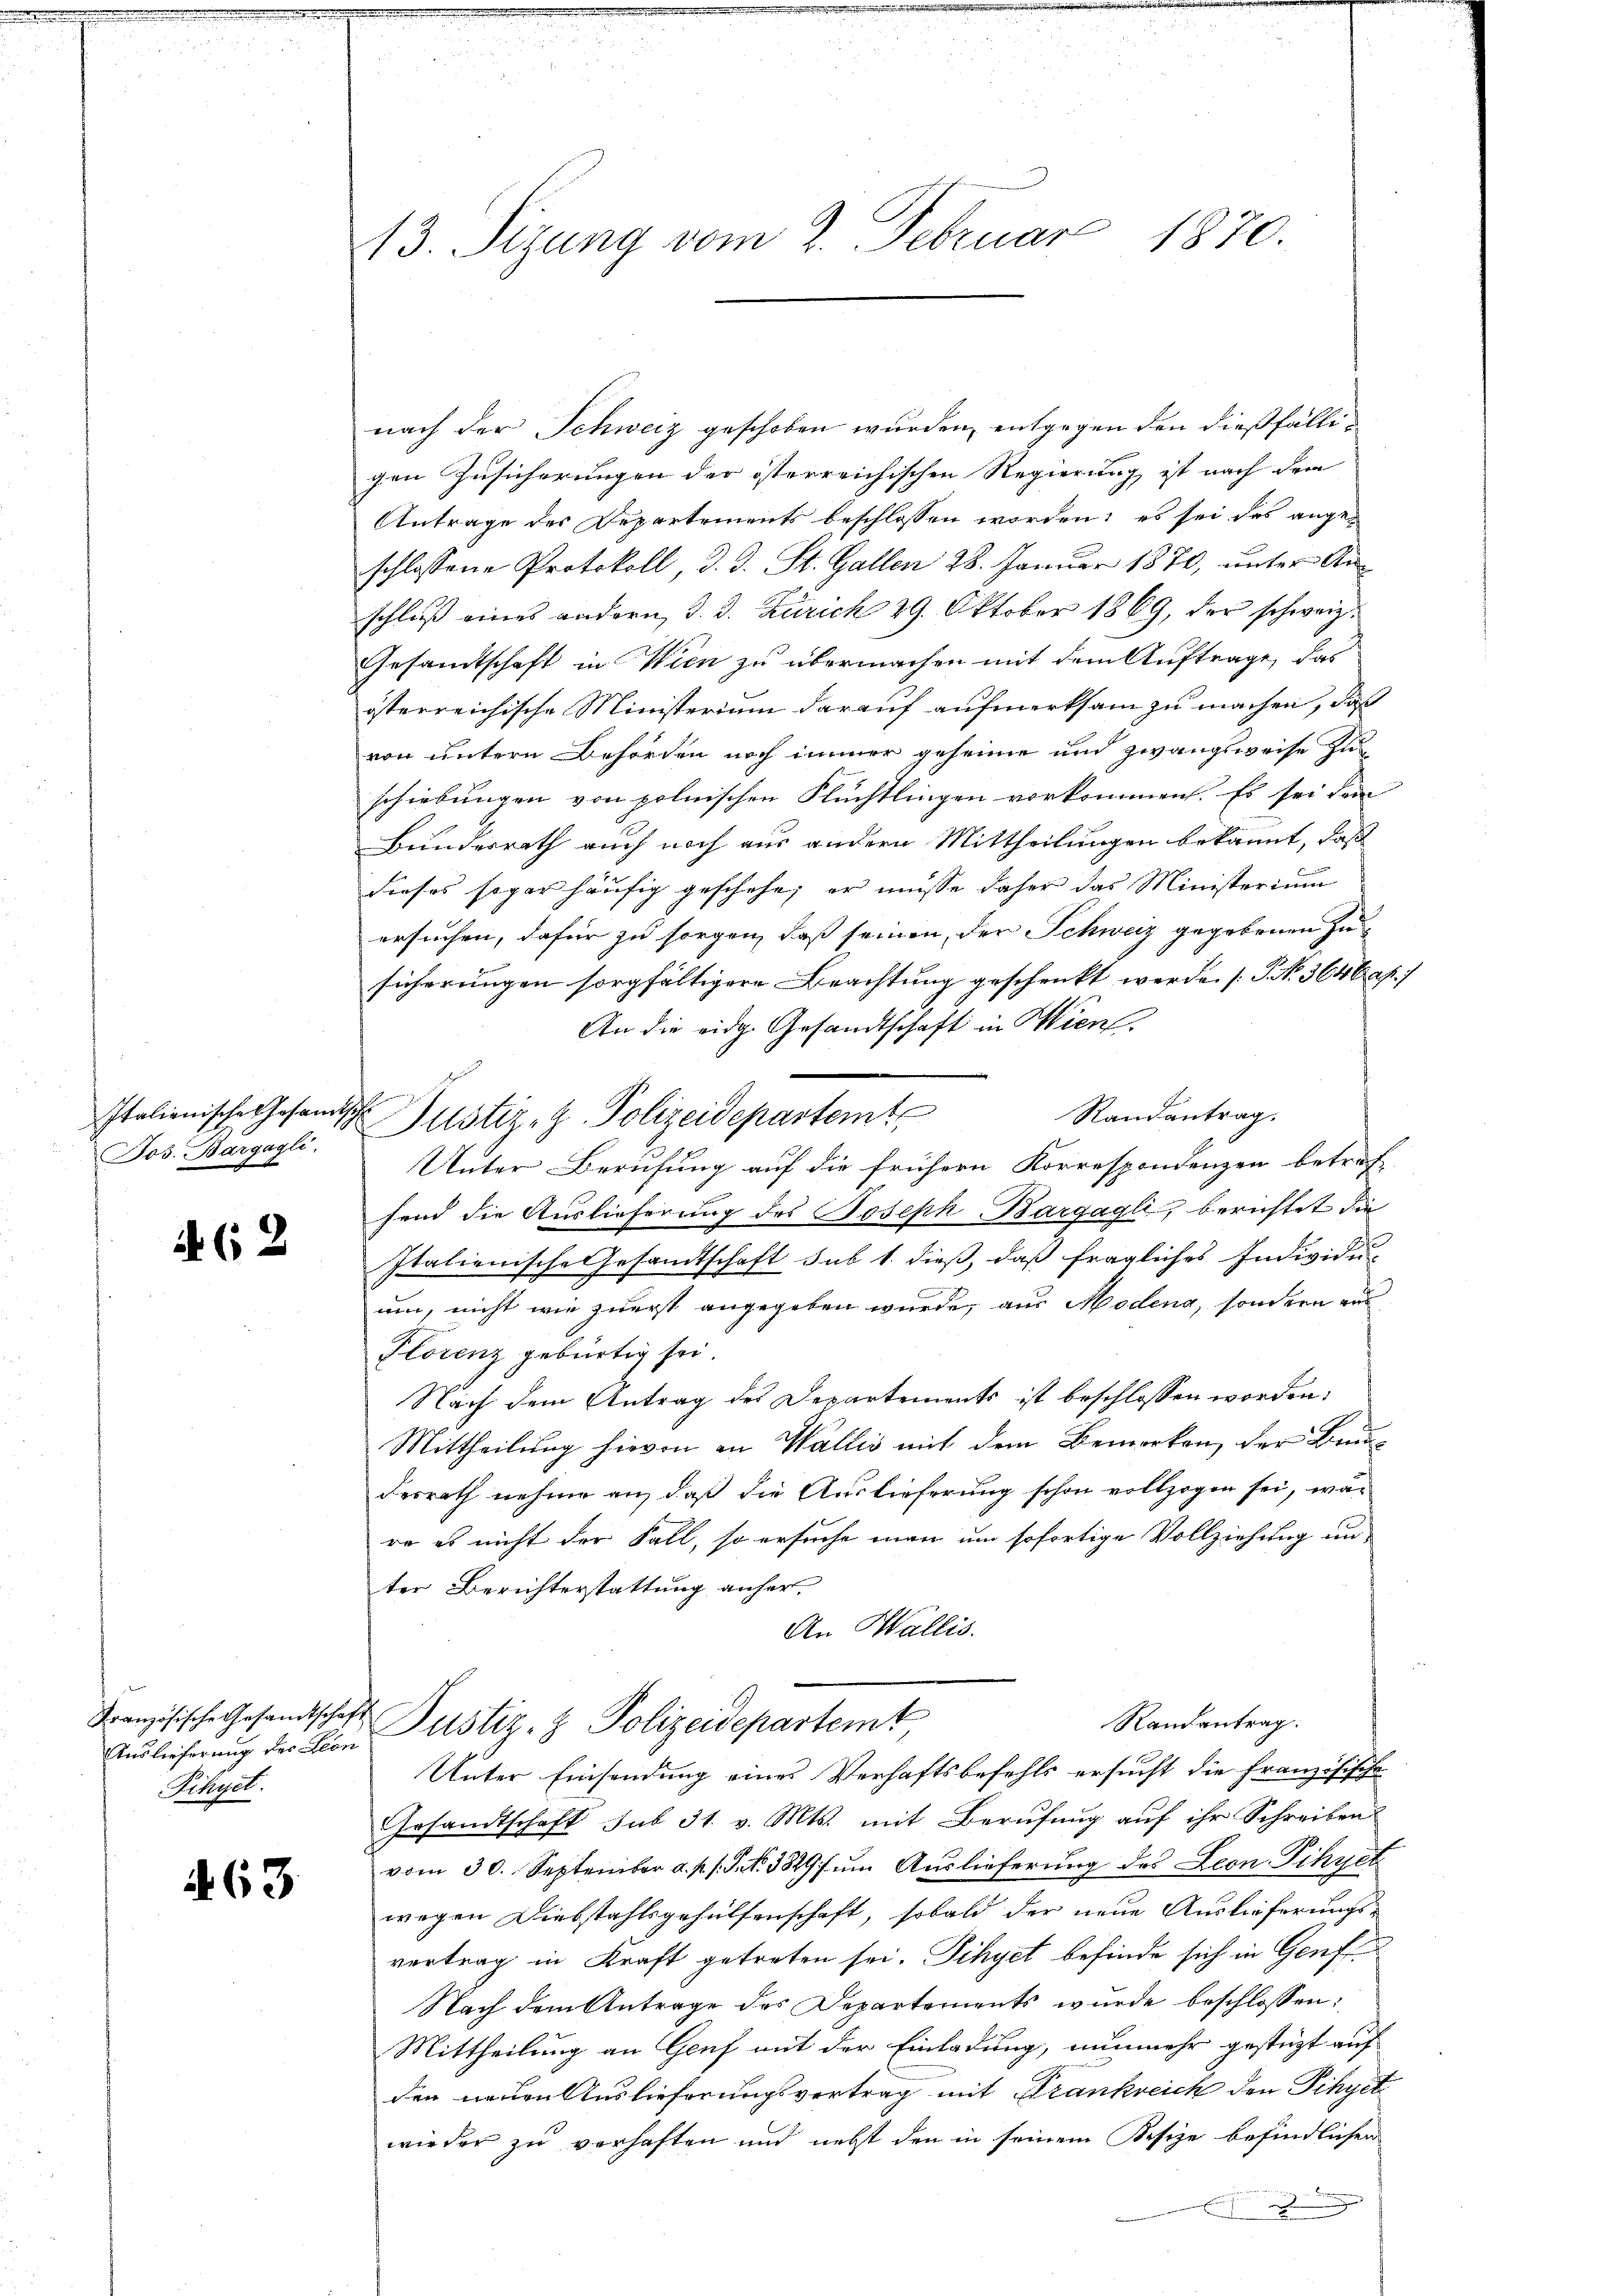
Italienische Gesandtsch

462

Auslieferung der Leon
Fihyet.

63

13. Sizung vom 2. Februar 1870.

nach der Schweiz geschoben wurden, entgegen den dießfälligen Zusicherungen der österreichischen Regierung ist nach dem
Antrage des Departements beschlossen worden; es sei des angeschlossene Protokoll, d. J. St. Gallen 28. Januar 1870, unter Anschluß eines andern d. d. Zürich 29. Oktober 1869, der schweiz.
Gesandtschaft in Wien zu übermachen mit dem Auftrage, das
österreichische Ministerium darauf aufmerksam zu machen, daß
von untern Behörden noch immer geheime und zwangsweise zuschiebungen von polnischen Flüchtlingen vorkommen. Es sei dem
Bundesrath auch noch aus andern Mittheilungen bekannt, daß
dieses sogar häufig geschehe, er müsse daher das Ministerium
ersuchen, dafür zu sorgen, daß seinen, der Schweiz gegebenen Zusicherungen sorgfältigere Beachtung geschenkt werde (S. 364 f.
An die eidg. Gesandtschaft in Wien.
Randantrag.
Unter Berufung auf die frühern Korrespondenzen betref
fend die Auslieferung des Joseph Bargagli, berichtet die
Italienische Gesandtschaft sub 1. dieß, daß fragliches Individus
um, nicht wie zuerst angegeben wurde, aus Modena, sondern aus
Plorenz gebürtig sei.
Nach dem Antrag des Departements ist beschlossen worden:
Mittheilung hievon an Wallis mit dem Bemerken, der Bun-
Ferrath nehme an, daß die Auslieferung schon vollzogen sei, wär
re es nicht der Fall, so ersuche man um sofortige Vollziehung un
ter Berichterstattung anher.
An Wallis.
Randantrag.
Französische Gesandtschaft Justiz- & Polizeidepartemt
Unter Einsendung eines Verhaftsbefehls ersucht die Französische
Gesandtschaft sub 31. v. Mts. mit Berufung auf ihr Schreiben
vom 30. September a. p. s. S. 3829f um Auslieferung des Leon Pihyet
wegen Diebstahlsgehülfenschaft, sobald der neue Auslieferungs-
vertrag in Kraft getreten sei. Schyet befinde sich in Genf
Nach dem Antrage des Departements wurde beschlossen:
Mittheilung an Genf mit der Einladung, nunmehr gestüzt auf
den neuen Auslieferungsvertrag mit Frankreich den Schyetwieder zu verhaften und nebst den in seinem Kesize befindlichen
.

Jos. Aargagl. Justiz- & Polizeidepartemt